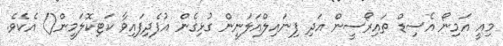
މިއީ އަމިނޯ އެސިޑް ތައިރޯސީން އަދި ފިނައިލްއަލަނީން ގުޅިގެން އުފެދިފައިވާ ކަޓިކޮލަމީން() އެކެވެ.